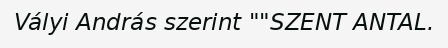
Vályi András szerint ""SZENT ANTAL.